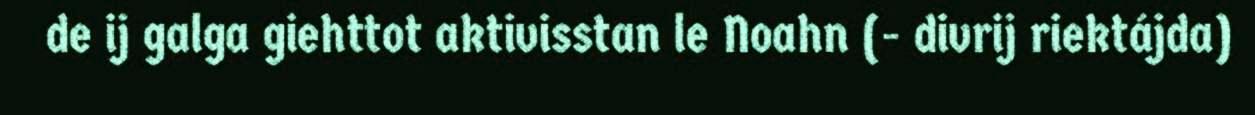
de ij galga giehttot aktivisstan le Noahn (- divrij riektájda)